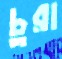
চুরা